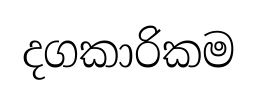
දගකාරිකම